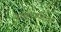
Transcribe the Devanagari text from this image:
बैठकींपर्यंतचा